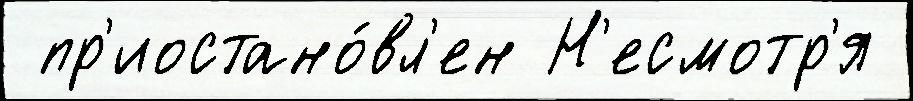
 пр'иостано́вл'ен Н'есмотр'я